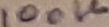
Text: 100K